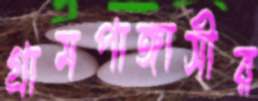
গ্রামপাঙ্গাসীর